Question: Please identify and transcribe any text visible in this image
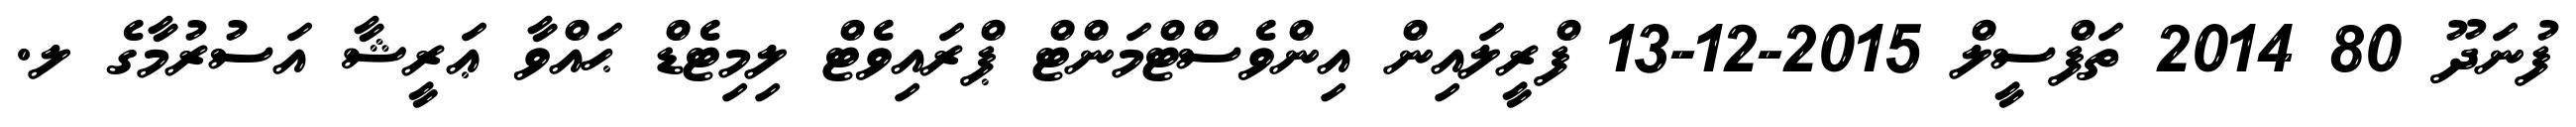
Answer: ފުނަދޫ 80 2014 ތަފްސީލް 2015-12-13 ފްރީލައިން އިންވެސްޓްމަންޓް ޕްރައިވެޓް ލިމިޓެޑް ޙައްވާ ޢަރީޝާ އަސުރުމާގެ ލ.